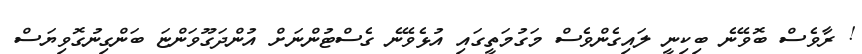
! ރާވެސް ބޮވޭނެ ބިކިނީ ލައިގެންވެސް މަގުމަތީގައި އުޅެވޭނެ ގެސްޓުންނަށް އުންދަގޫވަންޏަ ބަންގިނުގޮވިޔަސް